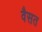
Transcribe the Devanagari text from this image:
वैसत